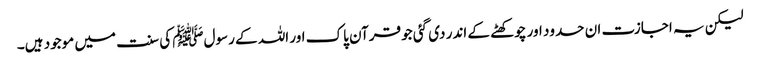
لیکن یہ اجازت ان حدود اور چوکھٹے کے اندر دی گئی جو قرآن پاک اور اللہ کے رسولﷺ کی سنت میں موجود ہیں۔